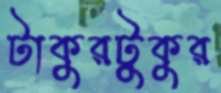
টাকুরটুকুর